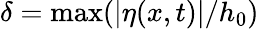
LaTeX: \delta=\mathrm{max}(|\eta(x,t)|/h_{0})